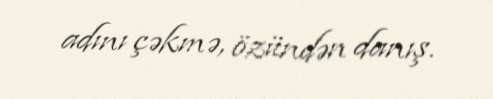
adını çəkmə, özündən danış.